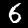
Digit: 6